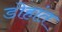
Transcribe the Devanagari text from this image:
डोहांत